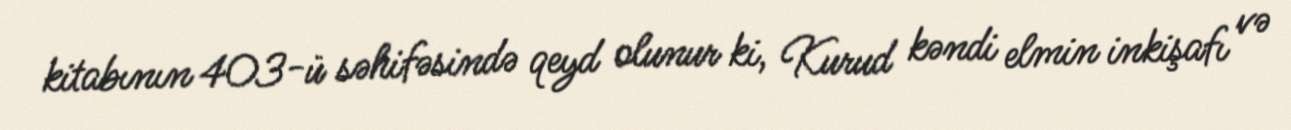
kitabının 403-ü səhifəsində qeyd olunur ki, Kurud kəndi elmin inkişafı və